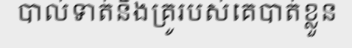
បាល់ទាត់និងគ្រូរបស់គេបាត់ខ្លួន